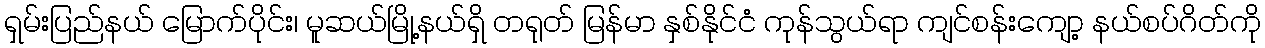
ရှမ်းပြည်နယ် မြောက်ပိုင်း၊ မူဆယ်မြို့နယ်ရှိ တရုတ် မြန်မာ နှစ်နိုင်ငံ ကုန်သွယ်ရာ ကျင်စန်းကျော့ နယ်စပ်ဂိတ်ကို